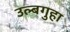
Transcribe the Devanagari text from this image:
उल्बगुहा